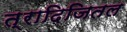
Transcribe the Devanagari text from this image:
त्रादिजितल